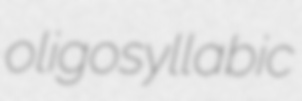
oligosyllabic